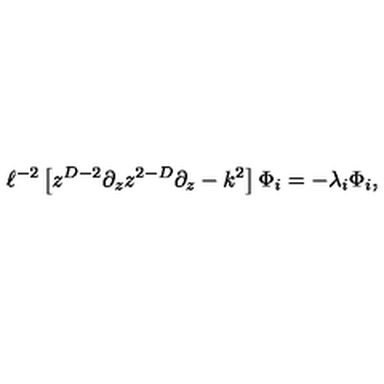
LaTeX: \ell ^ { - 2 } \left[ z ^ { D - 2 } \partial _ { z } z ^ { 2 - D } \partial _ { z } - k ^ { 2 } \right] \Phi _ { i } = - \lambda _ { i } \Phi _ { i } ,